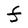
Character: F